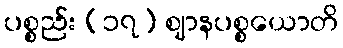
ပစ္စည်း (၁၇) ဈာနပစ္စယောတိ